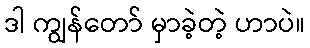
ဒါ ကျွန်တော် မှာခဲ့တဲ့ ဟာပဲ။